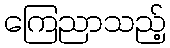
ကြေညာသည့်